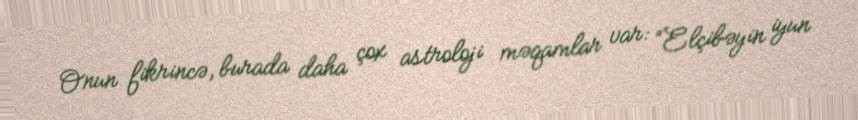
Onun fikrincə, burada daha çox astroloji məqamlar var: “Elçibəyin iyun